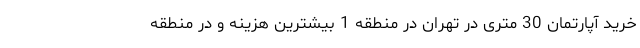
خرید آپارتمان 30 متری در تهران در منطقه 1 بیشترین هزینه و در منطقه